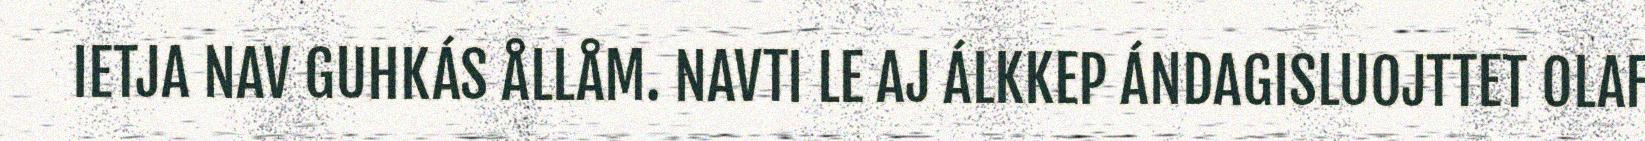
IETJA NAV GUHKÁS ÅLLÅM. NAVTI LE AJ ÁLKKEP ÁNDAGISLUOJTTET OLAF